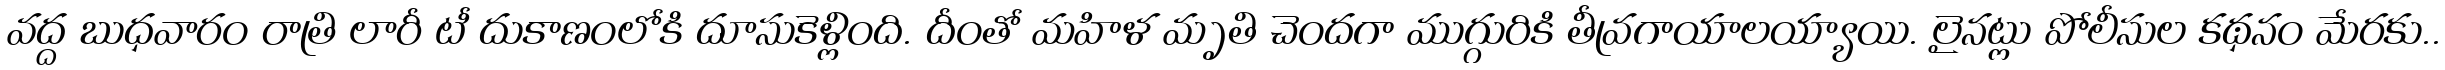
వద్ద బుధవారం రాత్రి లారీ టీ దుకాణంలోకి దూసుకెళ్లింది. దీంతో మహిళ మృతి చెందగా ముగ్గురికి తీవ్రగాయాలయ్యాయి. లైనట్లు పోలీసుల కథనం మేరకు..